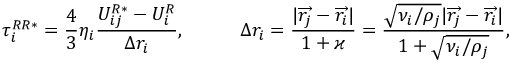
\tau _ { i } ^ { R R * } = \frac { 4 } { 3 } \eta _ { i } \frac { U _ { i j } ^ { R * } - U _ { i } ^ { R } } { \Delta r _ { i } } , \quad \mathrm { г д е } \quad \Delta r _ { i } = \frac { | \overrightarrow { r _ { j } } - \overrightarrow { r _ { i } } | } { 1 + \varkappa } = \frac { \sqrt { \nu _ { i } / \rho _ { j } } | \overrightarrow { r _ { j } } - \overrightarrow { r _ { i } } | } { 1 + \sqrt { \nu _ { i } / \rho _ { j } } } ,